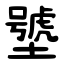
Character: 㙱